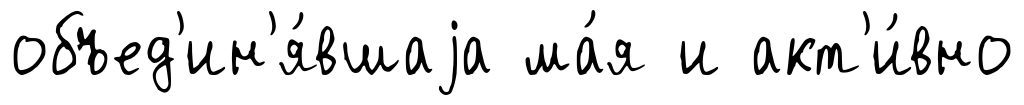
объед'ин'я́вшаjа ма́я и акт'и́вно